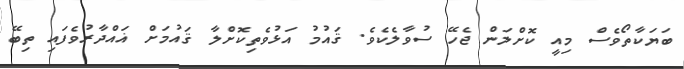
ބަޔަކާތޯވެސް މިއީ ކޮށްލަން ޖެހޭ ސުވާލެކެވެ. ޤައުމު އަޅުވެތިކޮށްލާ ޤައުމަށް ޣައްދާރުވެފައި ތިބޭ